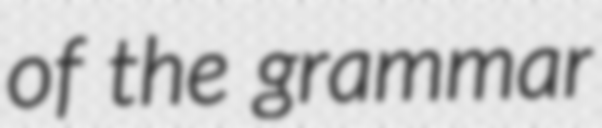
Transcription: of the grammar